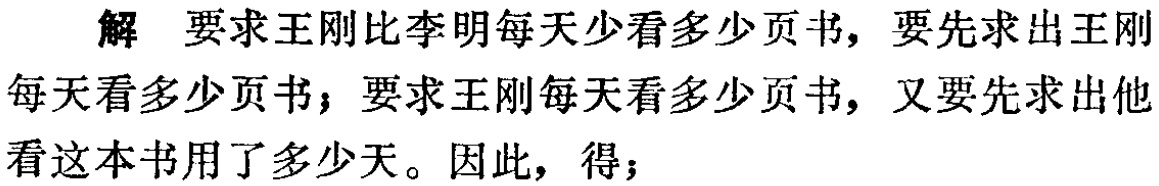
解 要求王刚比李明每天少看多少页书，要先求出王刚每天看多少页书；要求王刚每天看多少页书，又要先求出他看这本书用了多少天。因此，得；